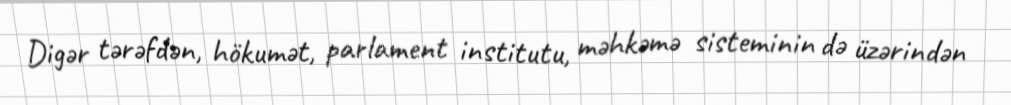
Digər tərəfdən, hökumət, parlament institutu, məhkəmə sisteminin də üzərindən